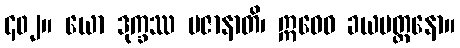
၄၀၂။ ယော ဒုက္ခဿ ပဇာနာတိ၊ ဣဓေဝ ခယမတ္တနော။